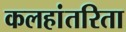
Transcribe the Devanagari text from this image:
कलहांतरिता